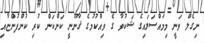
ނިގެލް ވަނީ މިމައްސަލައިގެ ޝަކުވާ ގެ ވިއްކުމުގެ ޤާނޫނީ ކަންކަން ކުރި ކުންފުންޏާއި